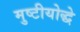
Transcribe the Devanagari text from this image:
मुष्टीयोद्धे